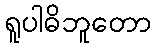
ရူပါဓိဘူတော